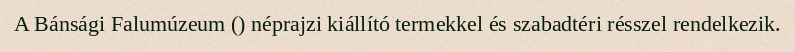
A Bánsági Falumúzeum () néprajzi kiállító termekkel és szabadtéri résszel rendelkezik.